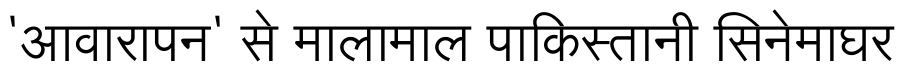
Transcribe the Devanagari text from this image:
'आवारापन' से मालामाल पाकिस्तानी सिनेमाघर